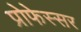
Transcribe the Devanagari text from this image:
प्रोफेस्सर